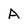
Character: A